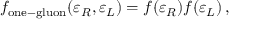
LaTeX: f _ { \mathrm { o n e - g l u o n } } ( \varepsilon _ { R } , \varepsilon _ { L } ) = f ( \varepsilon _ { R } ) f ( \varepsilon _ { L } ) \, ,